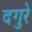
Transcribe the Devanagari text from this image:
दगुरे